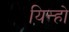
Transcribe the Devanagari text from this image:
यिन्हो